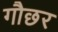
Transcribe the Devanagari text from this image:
गौछर